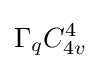
\Gamma _{q}C_{4v}^{4}